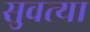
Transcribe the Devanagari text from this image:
सुवत्या